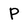
Character: P